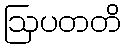
ဩပတတိ